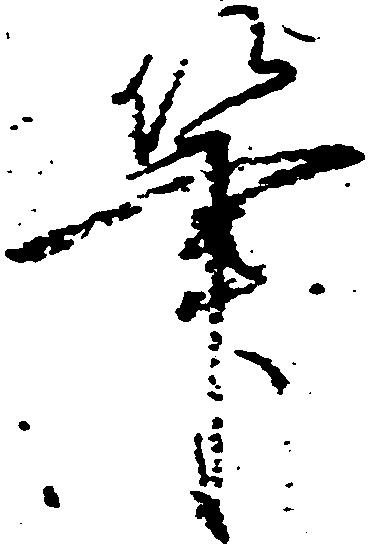
筆